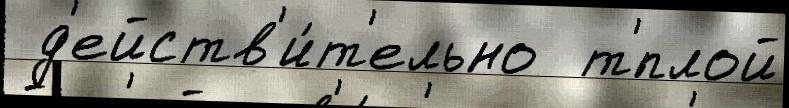
 д'ейств'и́т'ельно  т'́плой